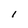
Character: l